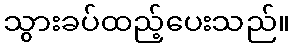
သွားခပ်ထည့်ပေးသည်။